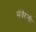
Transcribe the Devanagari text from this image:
सॅवॅरन्यी